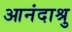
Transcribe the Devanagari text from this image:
आनंदाश्रु